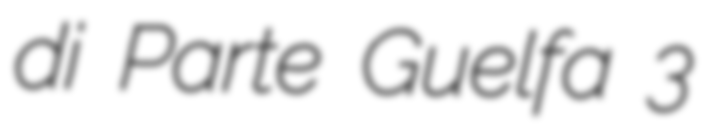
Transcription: di Parte Guelfa 3